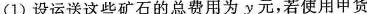
(1)设运送这些矿石的总费用为y元，若使用甲货